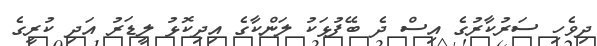
ދިވެހި ސަރުކާރުގެ އިސް ދެ ބޭފުޅަކު ލަންކާގެ އިދިކޮޅު ލީޑަރު އަދި ކުރީގެ